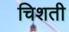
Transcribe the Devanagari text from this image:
चिशती